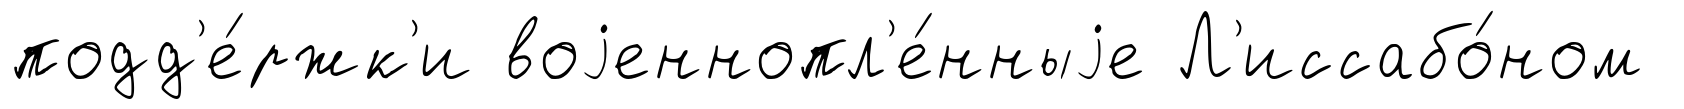
подд'е́ржк'и воjеннопл'е́нныjе Л'иссабо́ном